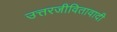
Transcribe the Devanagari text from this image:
उत्तरजीवितावादी